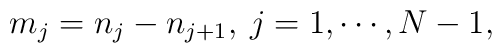
m_j = n_j - n_{j+1}, \> j = 1, \cdots, N-1,